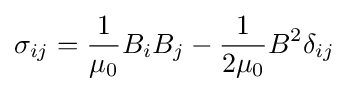
\sigma _{ij}={\frac {1}{\mu _{0}}}B_{i}B_{j}-{\frac {1}{2\mu _{0}}}B^{2}\delta _{ij}